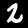
Digit: 2